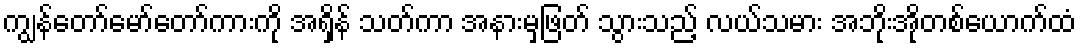
ကျွန်တော်မော်တော်ကားကို အရှိန် သတ်ကာ အနားမှဖြတ် သွားသည့် လယ်သမား အဘိုးအိုတစ်ယောက်ထံ